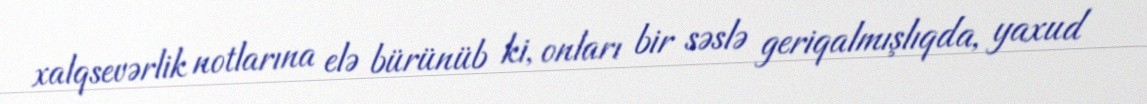
xalqsevərlik notlarına elə bürünüb ki, onları bir səslə geriqalmışlıqda, yaxud